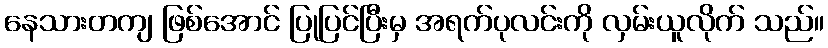
နေသားတကျ ဖြစ်အောင် ပြုပြင်ပြီးမှ အရက်ပုလင်းကို လှမ်းယူလိုက် သည်။